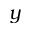
y